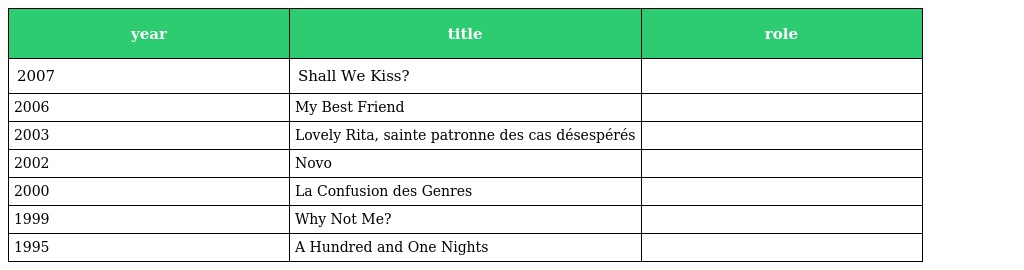
| year | title | role |
 | --- | --- | --- |
 | 2007 | Shall We Kiss? |  |
 | 2006 | My Best Friend |  |
 | 2003 | Lovely Rita, sainte patronne des cas désespérés |  |
 | 2002 | Novo |  |
 | 2000 | La Confusion des Genres |  |
 | 1999 | Why Not Me? |  |
 | 1995 | A Hundred and One Nights |  |